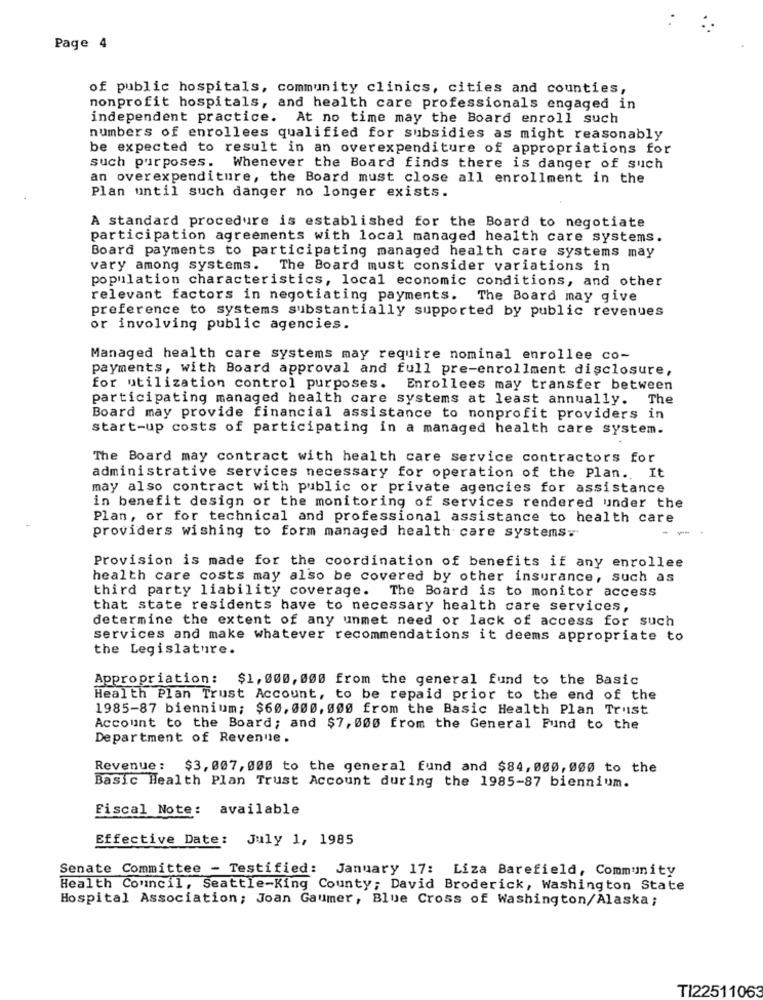
Page 4
of public hospitals, community clinics, cities and counties,
nonprofit hospitals, and health care professionals engaged in
independent practice. At no time may the Board enroll such
numbers of enrollees qualified for subsidies as might reasonably
be expected to result in an overexpenditure of appropriations for
such purposes. Whenever the Board finds there is danger of such
an overexpenditure, the Board must close all enrollment in the
Plan until such danger no longer exists.
A standard procedure is established for the Board to negotiate
participation agreements with local managed health care systems.
Board payments to participating managed health care systems may
vary among systems. The Board must consider variations in
population characteristics, local economic conditions, and other
relevant factors in negotiating payments. The Board may give
preference to systems substantially supported by public revenues
or involving public agencies.
Managed health care systems may require nominal enrollee co-
payments, with Board approval and full pre-enrollment disclosure,
for utilization control purposes.
Enrollees may transfer between
participating managed health care systems at least annually. The
Board may provide financial assistance to nonprofit providers in
start-up costs of participating in a managed health care system.
The Board may contract with health care service contractors for
administrative services necessary for operation of the Plan. It
may also contract with public or private agencies for assistance
in benefit design or the monitoring of services rendered under the
Plan, or for technical and professional assistance to health care
providers wishing to form managed health care systems:
Provision is made for the coordination of benefits if any enrollee
health care costs may also be covered by other insurance, such as
third party liability coverage. The Board is to monitor access
that state residents have to necessary health care services,
determine the extent of any unmet need or lack of access for such
services and make whatever recommendations it deems appropriate to
the Legislature.
Appropriation:
$1, 000, 000 from the general fund to the Basic
Health Plan Trust Account, to be repaid prior to the end of the
1985-87 biennium; $60,000, 000 from the Basic Health Plan Trust
Account to the Board; and $7, 005 from the General Fund to the
Department of Revenue.
Revenue: $3, 007, 000 to the general fund and $84,000, 000 to the
Basic Health Plan Trust Account during the 1985-87 biennium.
Fiscal Note: available
Effective Date: July 1, 1985
Senate Committee - Testified: January 17: Liza Barefield, Community
Health Council, Seattle-King County; David Broderick, Washington State
Hospital Association; Joan Gaumer, Blue Cross of Washington/Alaska ;
TI22511063